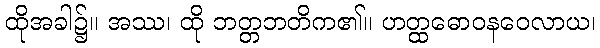
ထိုအခါ၌။ အဿ၊ ထို ဘတ္တဘတိက၏။ ဟတ္ထဓောဝနဝေလာယ၊